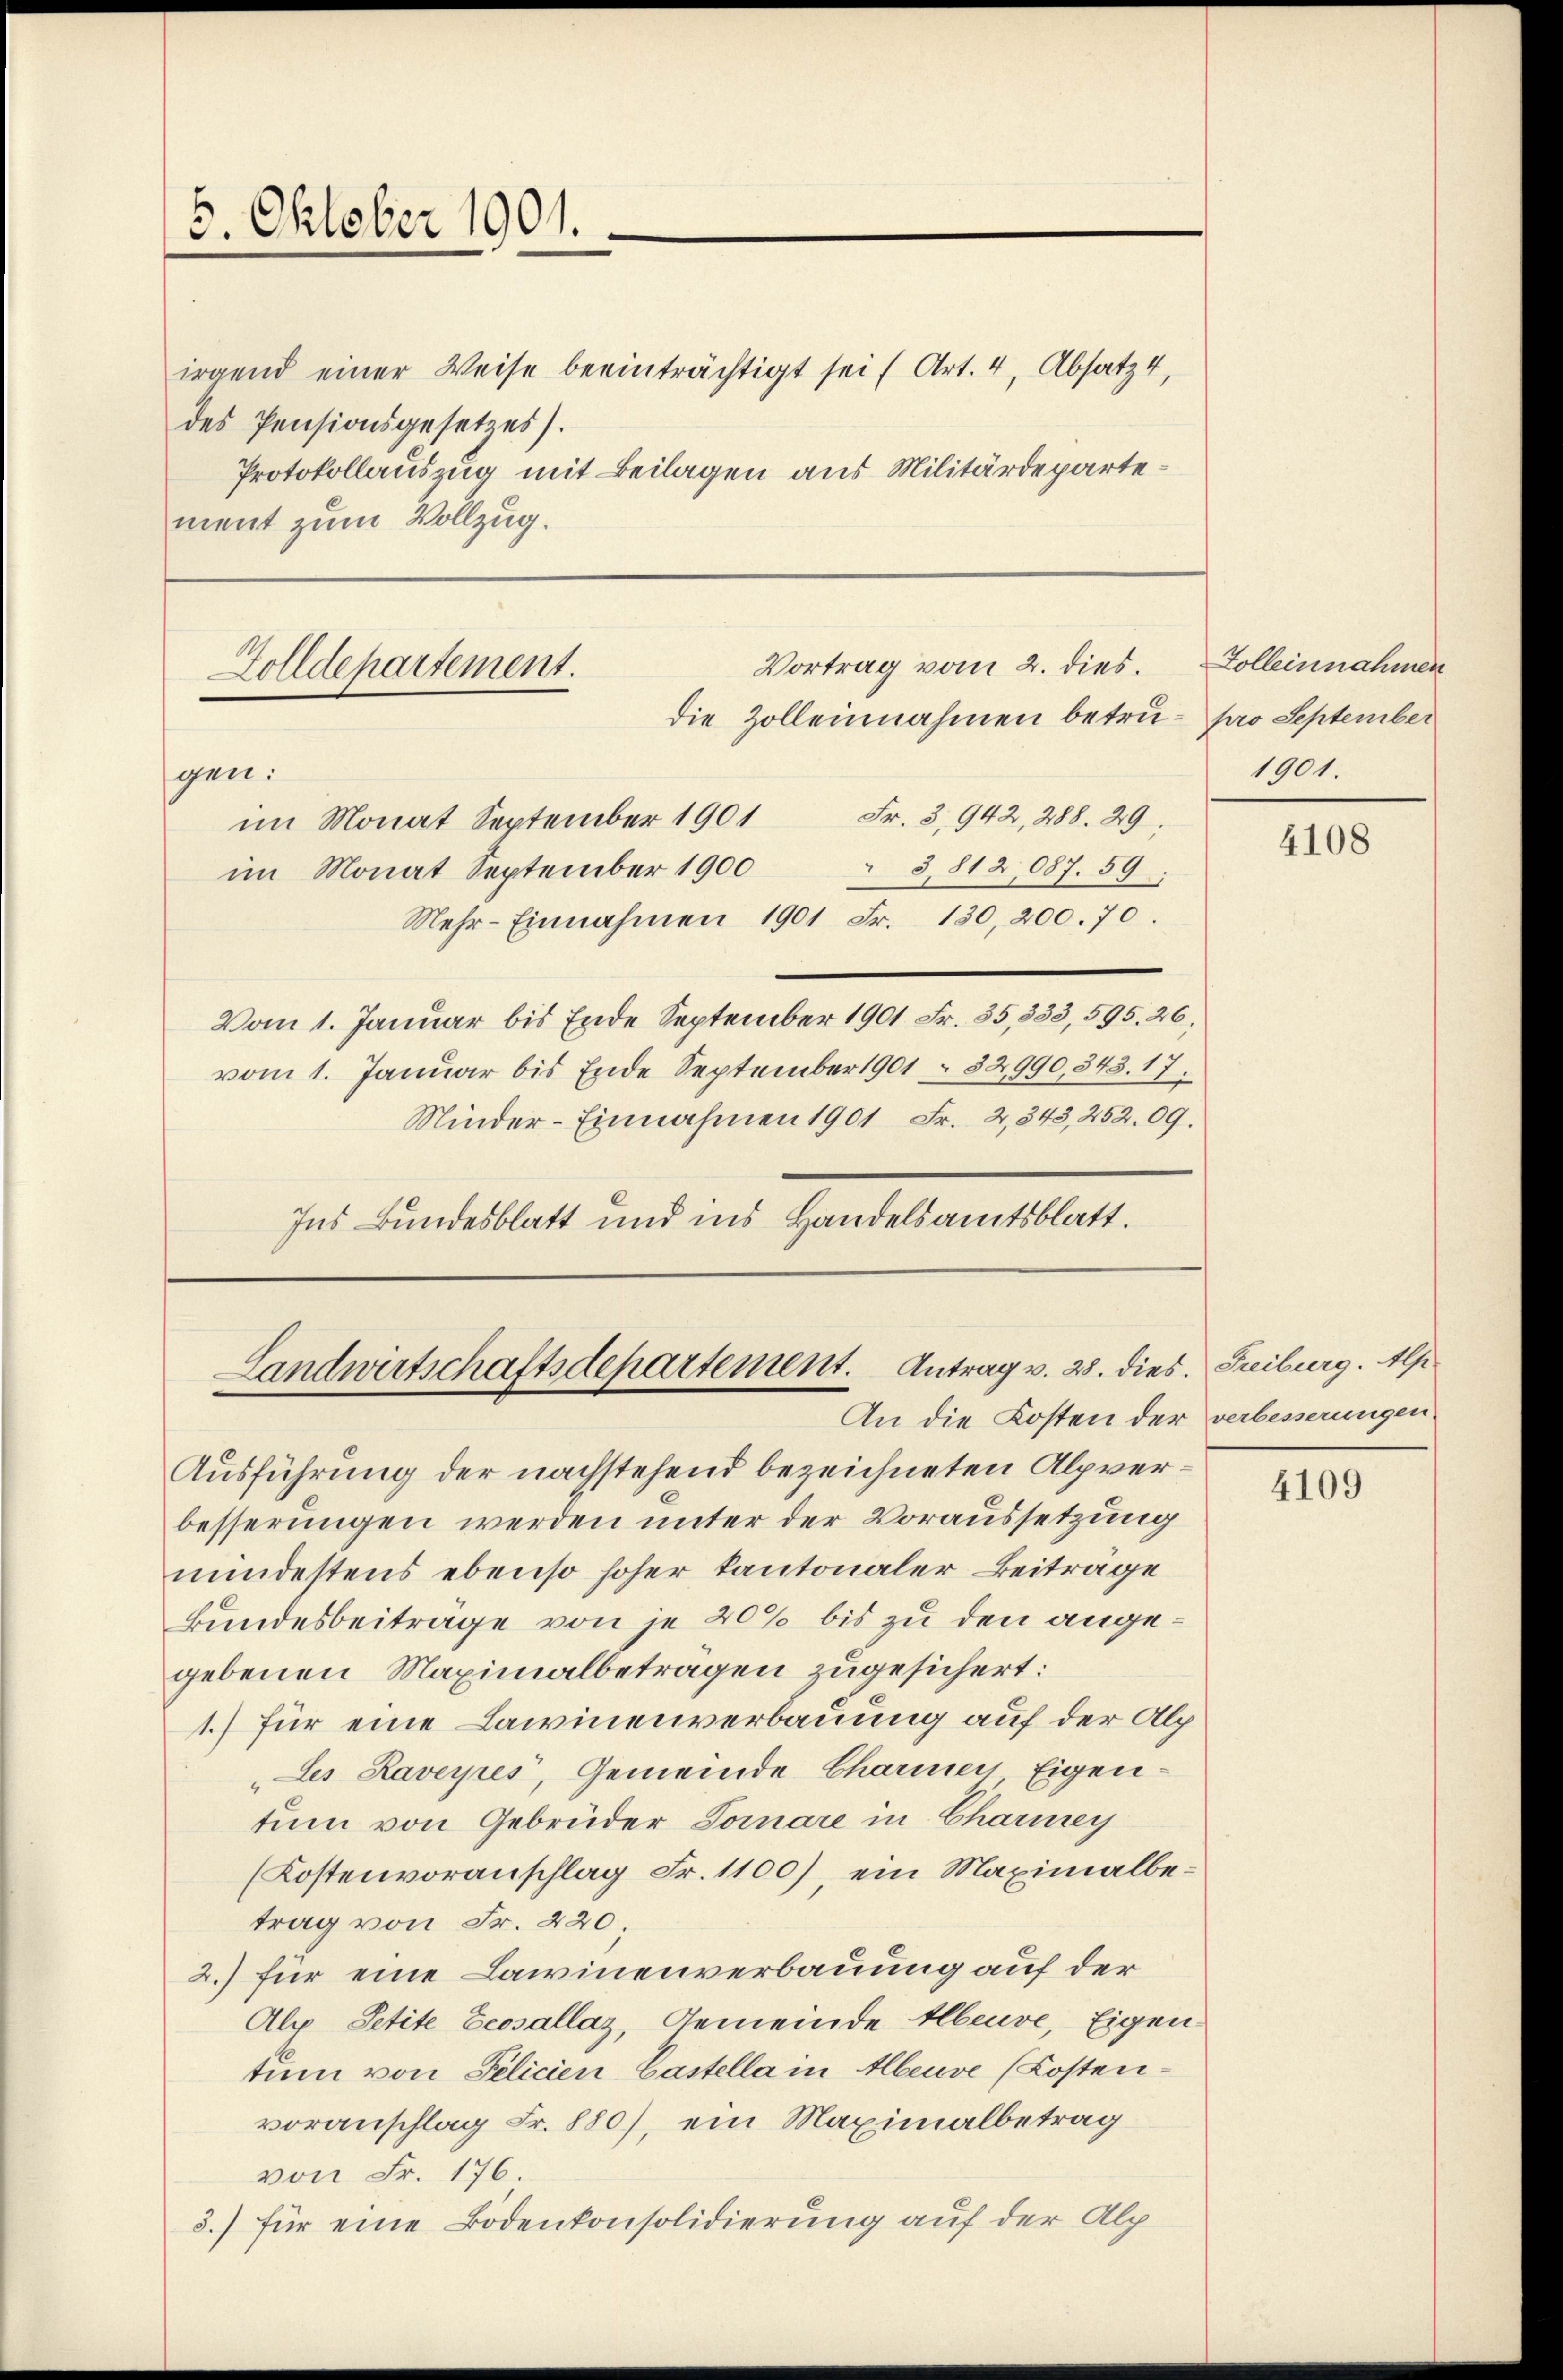
5. Oktober 1901.

irgend einer Weise beeinträchtigt sei (Art. 4, Absatz 4,
des Pensionsgesetzes).
Protokollauszug mit Beilagen aus Militärdepartement zum Vollzug.

Vortrag vom 2. dies
Zolldepartement.
die Zollennahmen betrü- pro September
gen:
im Monat September 1901 Fr. 3, 942, 288. 29.
 3,812,087. 59.

im Monat September 1900
Mehr-Einnahmen 1901 Fr. 130,200. 70.
Vom 1. Januar bis Ende September 1901 Fr. 35,333, 595. 26,
vom 1. Januar bis Ende September 1901 - 82990,843. 17.
Minder-Einnahmen 1901 Fr. 2, 343, 252. 09.
Ins Bundesblatt und ins Handelsamtsblatt.

Landwirtschaftsdepartement. Antrag v. 28. dies. Freiburg. Alp
An die Kosten der verbesserungen.

Ausführung der nachstehend bezeichneten Alpverbesserungen werden unter der Voraussetzung
mindestens ebenso hoher kantonaler Beiträge
Bundesbeitrage von je 20% bis zu den angegebenen Maximalbetragen zugesichert:
1.) für eine Lawinenverbauung auf der Alp
„des Raverpes, Gemeinde Charmen Eigen-
tum von Gebrüder Tomare in Charmey
(Kostenvoranschlag Fr. 1100) ein Maximalbetrag von Fr. 220
2.) für eine Lawinenverbauung auf der
Als Petite Ecosállaz, Gemeinde Albeuve, Eigen-
tum von Pelicien Castella in Albeuve (Kostenvoranschlag Fr. 880), ein Maximalbetrag
von Fr. 176.
5.) für eine Bodenkonsolidierung auf der Alp

Zolleinnahmen
1901.

4108

4109